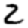
Digit: 2